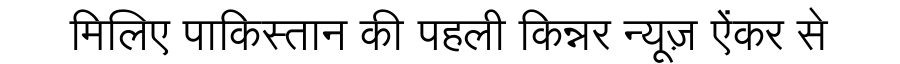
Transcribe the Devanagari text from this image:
मिलिए पाकिस्तान की पहली किन्नर न्यूज़ ऐंकर से